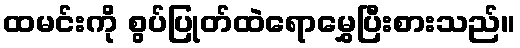
ထမင်းကို စွပ်ပြုတ်ထဲရောမွှေပြီးစားသည်။